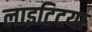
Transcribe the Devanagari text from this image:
लाइटिटया